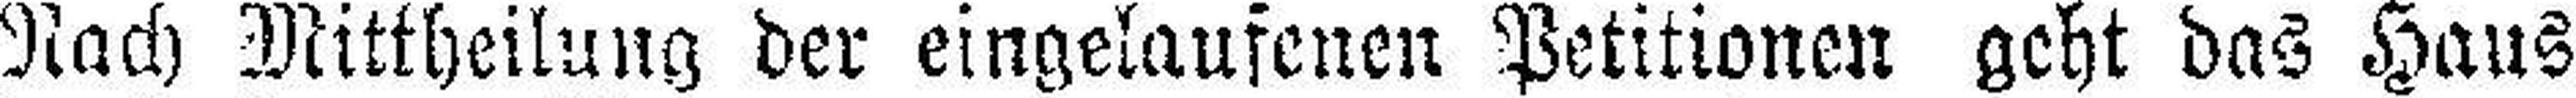
Nach Mittheilung der eingelaufenen Petitionen geht das Haus